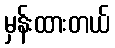
မှန်းထားတယ်